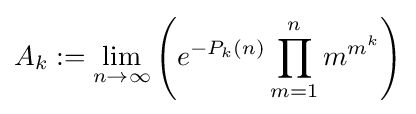
A_{k}:=\lim _{n\rightarrow \infty }\left(e^{-P_{k}(n)}\prod _{m=1}^{n}m^{m^{k}}\right)